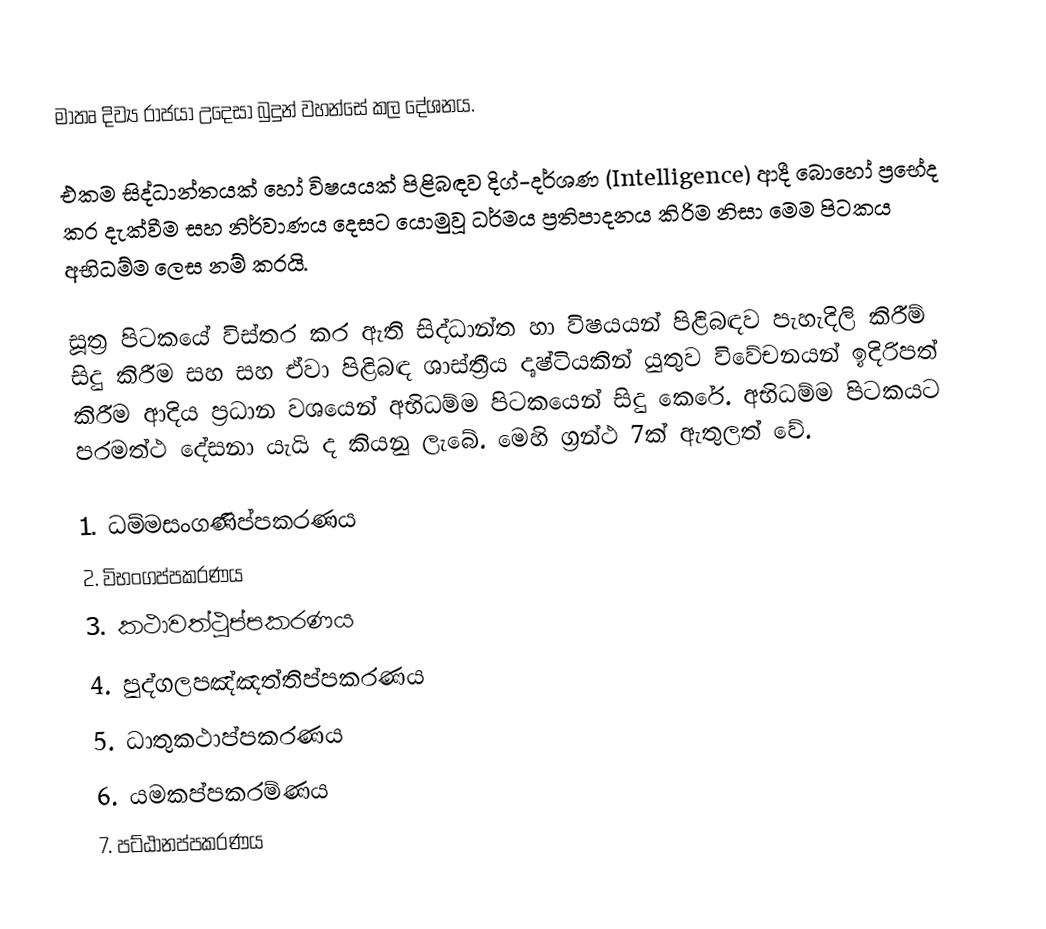
මාතෘ දිව්‍ය රාජයා උදෙසා බුදුන් වහන්සේ කල  දේශනය.

එකම සිද්ධාන්තයක් හෝ විෂයයක් පිළිබඳව දිග්-දර්ශණ (Intelligence) ආදී බොහෝ ප්‍රභේද කර දැක්වීම සහ නිර්වාණය දෙසට යොමුවූ ධර්මය ප්‍රතිපාදනය කිරිම නිසා මෙම පිටකය අභිධම්ම ලෙස නම් කරයි.

සූත්‍ර පිටකයේ විස්තර කර ඇති සිද්ධාන්ත හා විෂයයන් පිළිබඳව පැහැදිලි කිරීම් සිදු කිරීම සහ සහ ඒවා පිළිබඳ ශාස්ත්‍රීය දෘෂ්ටියකින් යුතුව විවේචනයන් ඉදිරිපත් කිරීම ආදිය ප්‍රධාන වශයෙන් අභිධම්ම පිටකයෙන් සිදු කෙරේ. අභිධම්ම පිටකයට පරමත්ථ දේසනා‍ යැයි ද කියනු ලැබේ. මෙහි ග්‍රන්ථ 7ක් ඇතුලත් වේ.

1. ධම්මසංගණිප්පකරණය
2. විභංගප්පකරණය
3. කථාවත්ථුප්පකරණය
4. පුද්ගලපඤ්ඤත්තිප්පකරණය
5. ධාතුකථාප්පකරණය
6. යමකප්පකරම්ණය
7. පට්ඨානප්පකරණය